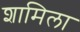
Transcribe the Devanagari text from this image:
शामिला